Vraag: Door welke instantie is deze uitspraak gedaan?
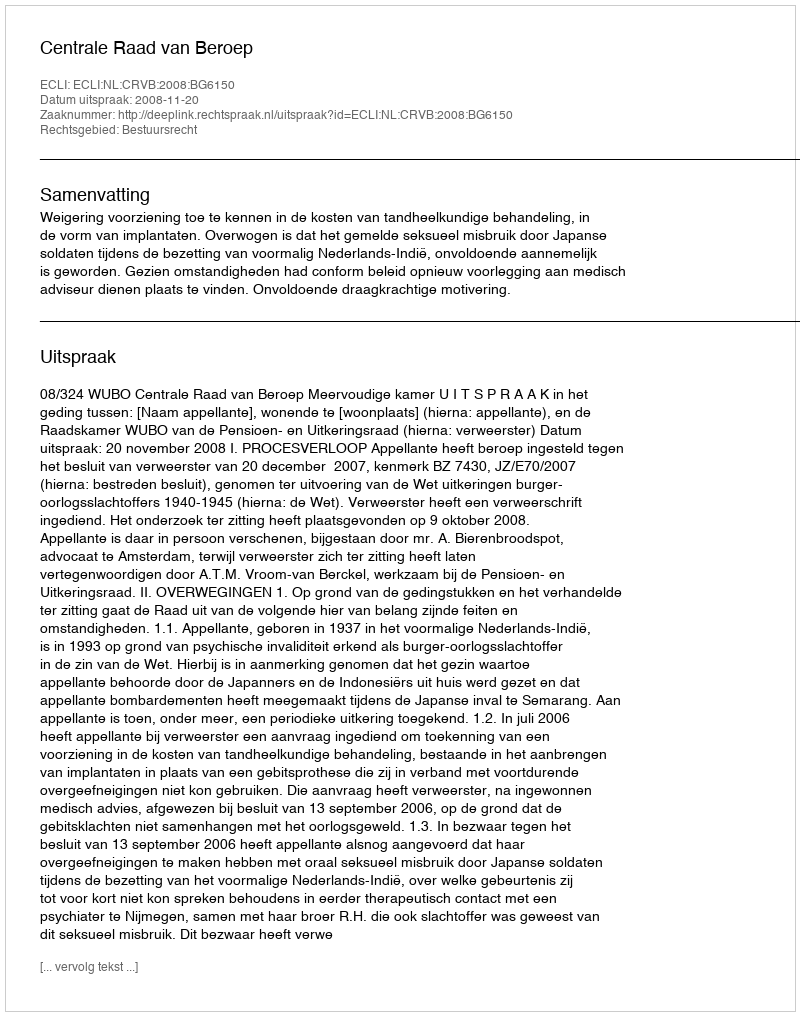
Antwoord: Centrale Raad van Beroep